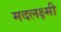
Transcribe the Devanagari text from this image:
मदलक्ष्मी